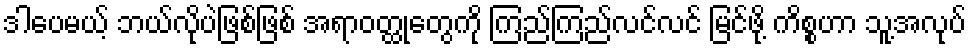
ဒါပေမယ့် ဘယ်လိုပဲဖြစ်ဖြစ် အရာဝတ္ထုတွေကို ကြည်ကြည်လင်လင် မြင်ဖို့ ကိစ္စဟာ သူ့အလုပ်